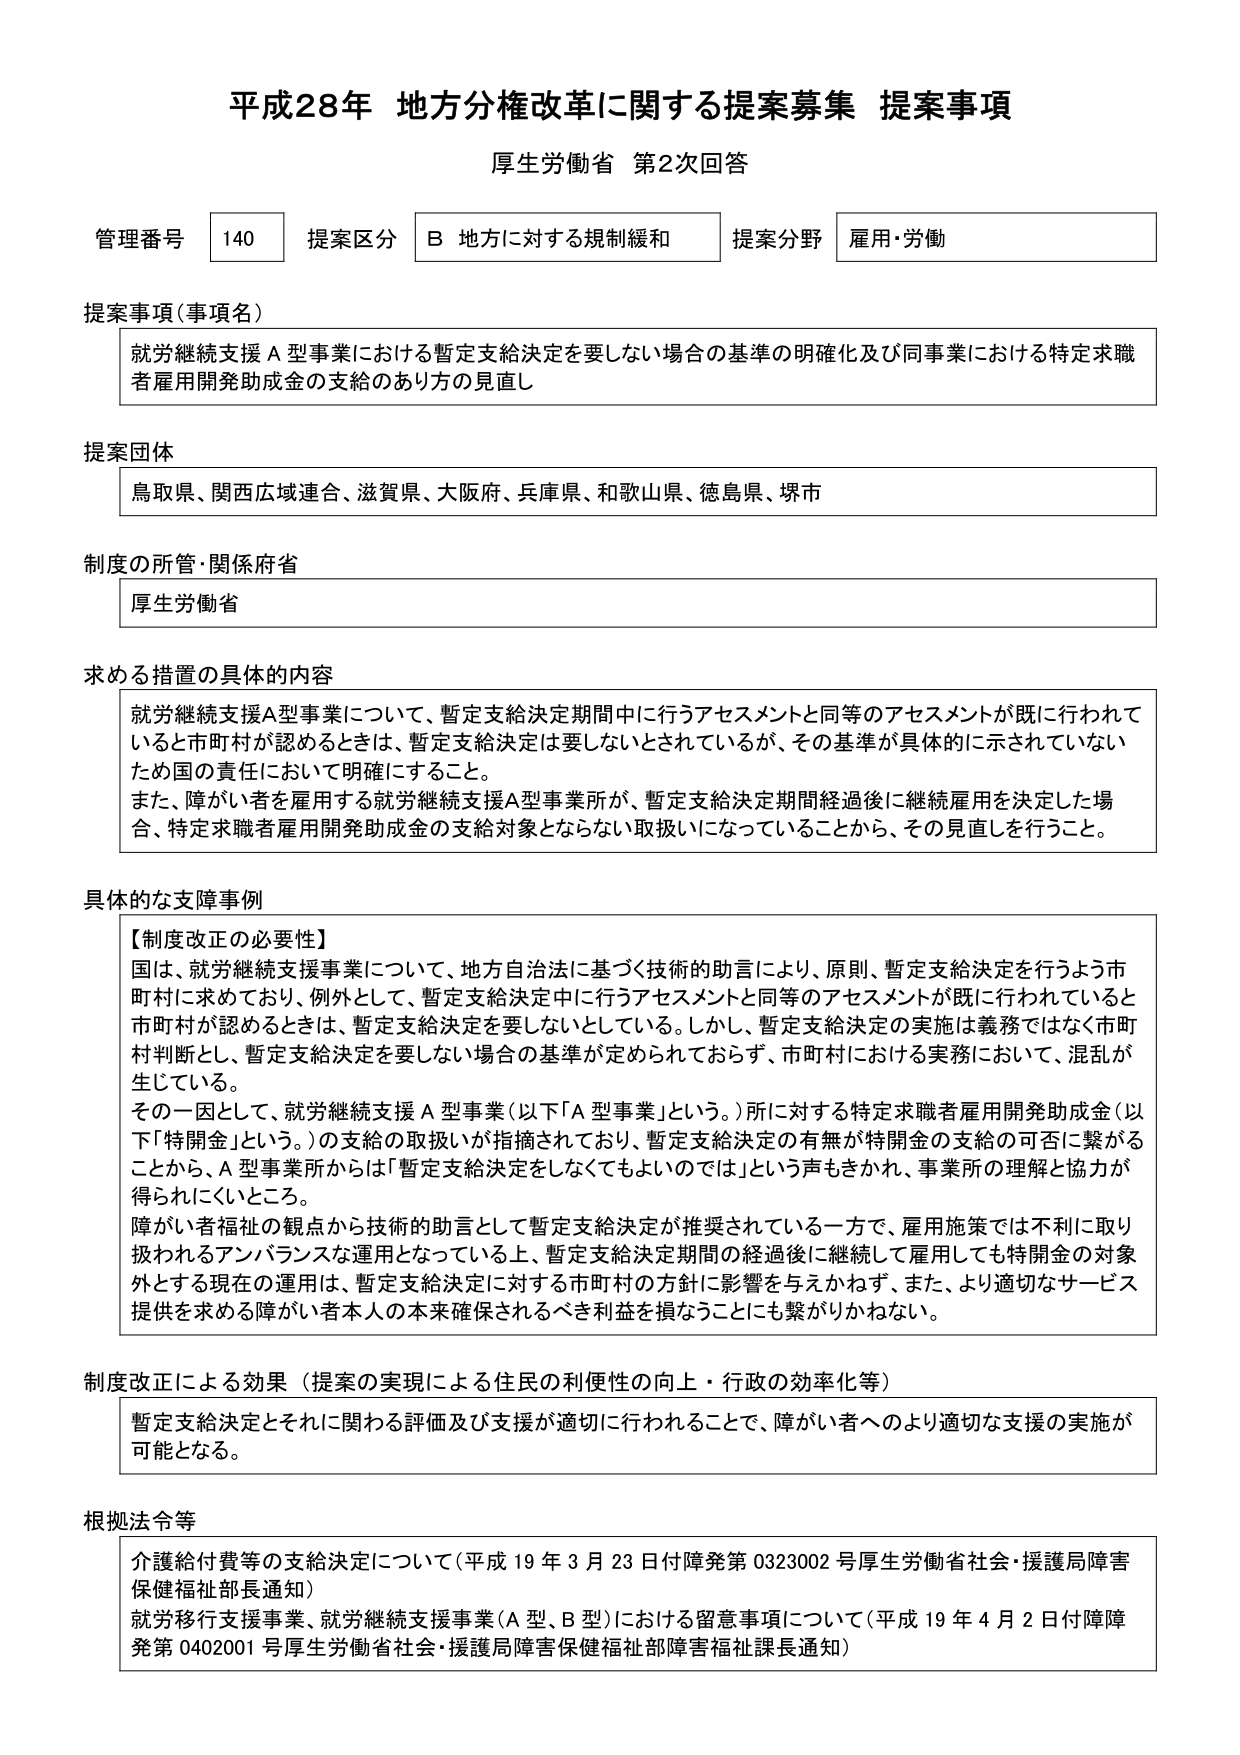
平成28年 地方分権改革に関する提案募集 提案事項
厚生労働省 第2次回答

管理番号 140 提案区分 B 地方に対する規制緩和 提案分野 雇用・労働

提案事項（事項名）
就労継続支援Ａ型事業における暫定支給決定を要しない場合の基準の明確化及び同事業における特定求職者雇用開発助成金の支給のあり方の見直し

提案団体
鳥取県、関西広域連合、滋賀県、大阪府、兵庫県、和歌山県、徳島県、堺市

制度の所管・関係府省
厚生労働省

求める措置の具体的内容
就労継続支援Ａ型事業について、暫定支給決定期間中に行うアセスメントと同等のアセスメントが既に行われていると市町村が認めるときは、暫定支給決定を要しないとされているが、その基準が具体的に示されていないため国の責任において明確にすること。
また、障がい者を雇用する就労継続支援Ａ型事業所が、暫定支給決定期間経過後に継続雇用を決定した場合、特定求職者雇用開発助成金の支給対象とならない取扱いになっていることから、その見直しを行うこと。

具体的な支障事例
【制度改正の必要性】
国は、就労継続支援事業について、地方自治法に基づく技術的助言により、原則、暫定支給決定を行うよう市町村に求めており、例外として、暫定支給決定中に行うアセスメントと同等のアセスメントが既に行われていると市町村が認めるときは、暫定支給決定を要しないとしている。しかし、暫定支給決定の実施は義務ではなく市町村判断とし、暫定支給決定を要しない場合の基準が定められておらず、市町村における実務において、混乱が生じている。
その一因として、就労継続支援Ａ型事業（以下「Ａ型事業」という。）所に対する特定求職者雇用開発助成金（以下「特開金」という。）の支給の取扱いが指摘されており、暫定支給決定の有無が特開金の支給の可否に繋がることから、Ａ型事業所からは「暫定支給決定をしなくてもよいのでは」という声もきかれ、事業所の理解と協力が得られにくいところ。
障がい者福祉の観点から技術的助言として暫定支給決定が推奨されている一方で、雇用施策では不利に取り扱われるアンバランスな運用となっている上、暫定支給決定期間の経過後に継続して雇用しても特開金の対象外とする現在の運用は、暫定支給決定に対する市町村の方針に影響を与えかねず、また、より適切なサービス提供を求める障がい者本人の本来確保されるべき利益を損なうことにも繋がりかねない。

制度改正による効果（提案の実現による住民の利便性の向上・行政の効率化等）
暫定支給決定とそれに関わる評価及び支援が適切に行われることで、障がい者へのより適切な支援の実施が可能となる。

根拠法令等
介護給付費等の支給決定について（平成19年3月23日付障発第0323002号厚生労働省社会・援護局障害保健福祉部長通知）
就労移行支援事業、就労継続支援事業（Ａ型、Ｂ型）における留意事項について（平成19年4月2日付障障発第0402001号厚生労働省社会・援護局障害保健福祉部障害福祉課長通知）